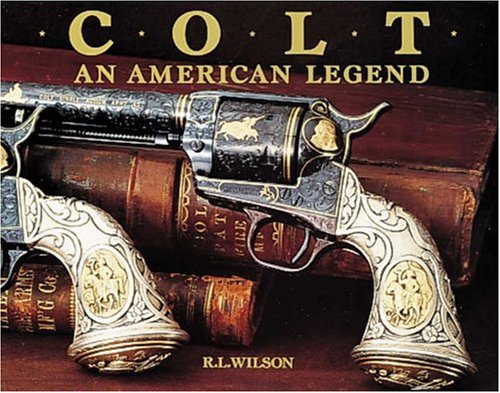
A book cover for Colt : An American Legend; R.L. Wilson; Humor & Entertainment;